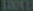
300000